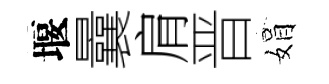
堰曩肩晋娟